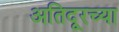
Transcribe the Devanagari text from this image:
अतिदूरच्या